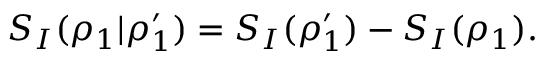
S _ { I } ( \rho _ { 1 } | \rho _ { 1 } ^ { \prime } ) = S _ { I } ( \rho _ { 1 } ^ { \prime } ) - S _ { I } ( \rho _ { 1 } ) .